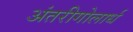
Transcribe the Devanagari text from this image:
अंतरीगोलार्ध